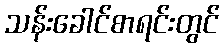
သန်းခေါင်စာရင်းတွင်